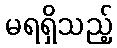
မရရှိသည့်